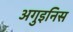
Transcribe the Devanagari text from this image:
अगुइनिस